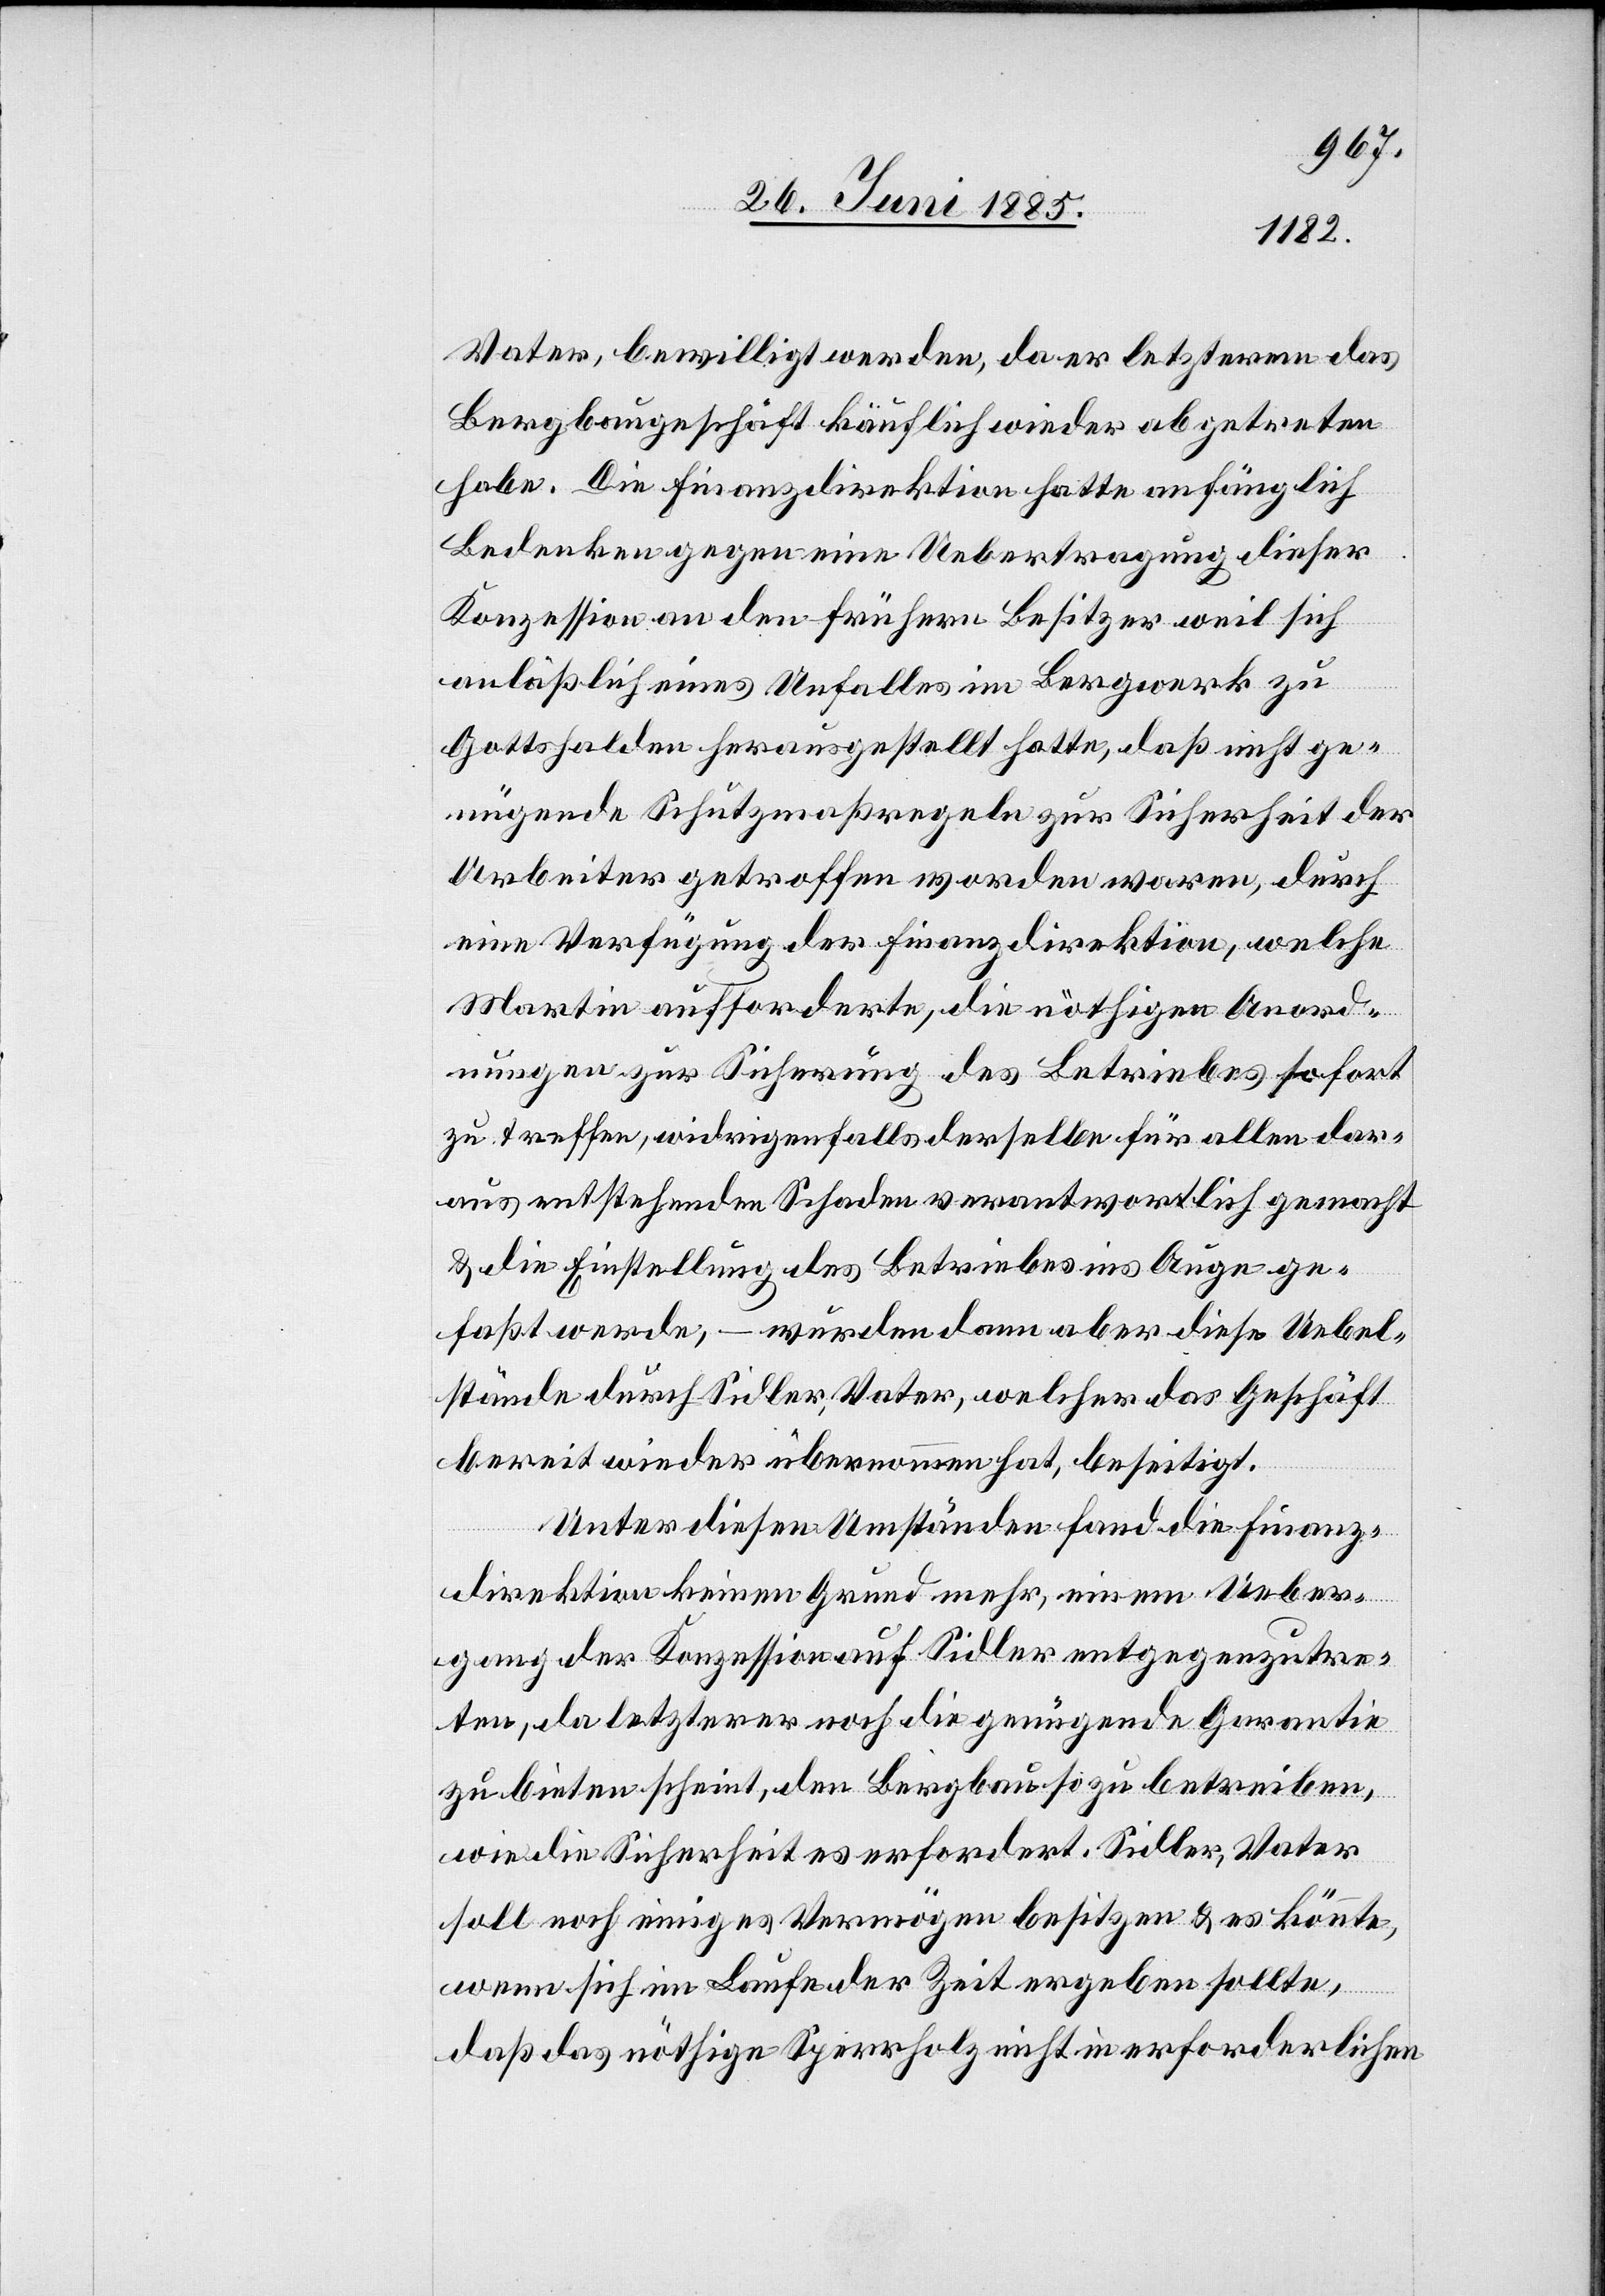
Vater, bewilligt werden, da er letzterm das
Bergbaugeschäft käuflich wieder abgetreten
habe. Die Finanzdirektion hatte anfänglich
Bedenken gegen eine Uebertragung dieser
Konzession an den frühern Besitzer weil sich
anläßlich eines Unfalles im Bergwerk zu
Gottshalden herausgestellt hatte, daß nicht ge¬
nügende Schutzmaßregeln zur Sicherheit der
Arbeiter getroffen worden waren, durch
eine Verfügung der Finanzdirektion, welche
Martin aufforderte, die nöthigen Anord¬
nungen zur Sicherung des Betriebes sofort
zu treffen, widrigenfalls derselbe für allen dar¬
aus entstehenden Schaden verantwortlich gemacht
& Einstellung des Betriebes ins Auge ge¬
faßt werde, – wurden dann aber diese Uebel¬
stände durch Sidler, Vater, welcher das Geschäft
bereit[s] wieder übernommen hat, beseitigt.
Unter diesen Umständen fand die Finanz¬
direktion keinen Grund mehr, einen Ueber¬
gang der Konzession auf Sidler entgegenzutre¬
ten, da letzterer noch die genügende Garantie
zu bieten scheint, den Bergbau so zu betreiben,
wie die Sicherheit es erfordert. Sidler, Vater
soll noch einiges Vermögen besitzen & es könnte,
wenn sich im Laufe der Zeit ergeben sollte,
daß das nöthige Sperrholz nicht in erforderlichem